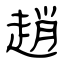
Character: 趙